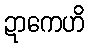
ဍာကေဟိ